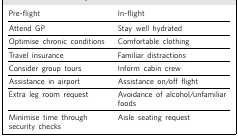
| Pre-flight | In-flight |
 | --- | --- |
 | Attend GP | Stay well hydrated |
 | Optimise chronic conditions | Comfortable clothing |
 | Travel insurance | Familiar distractions |
 | Consider group tours | Inform cabin crew |
 | Assistance in airport | Assistance on/off flight |
 | Extra leg room request | Avoidance of alcohol/unfamiliarfoods |
 | Minimise time throughsecurity checks | Aisle seating request |